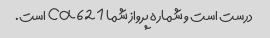
درست است و شماره پرواز شما ca621 است.